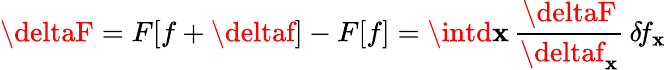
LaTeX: \deltaF=F[f+\deltaf]-F[f]=\intd\mathbf{x}\, \frac{{\deltaF}}{{\deltaf_{\mathbf{x}}}}\, \delta\! f_{\mathbf{x}}